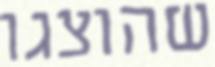
שהוצגו